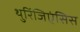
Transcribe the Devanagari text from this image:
थुरिंजिएंसिस